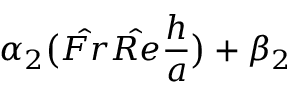
\alpha _ { 2 } \big ( \hat { F r } \hat { R e } \frac { h } { a } \big ) + \beta _ { 2 }